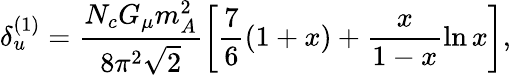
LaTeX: \delta_{u}^{(1)}=\frac{N_{c}G_{\mu}m_{A}^{2}}{8\pi^{2}\sqrt 2}\left[\frac{7}{6}(1+x)+\frac{x}{1-x}\ln x\right],